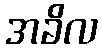
အခိလ